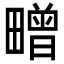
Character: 㽪